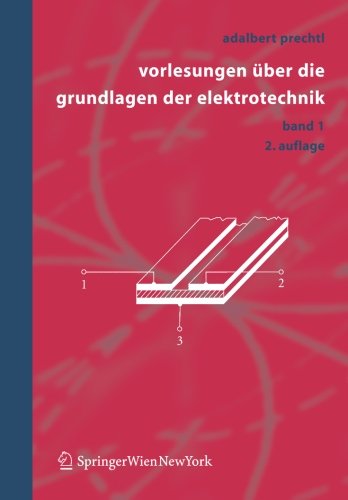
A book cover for Vorlesungen Ã¼ber die Grundlagen der Elektrotechnik: Band 1 (Volume 1) (German Edition); Adalbert Prechtl; Science & Math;